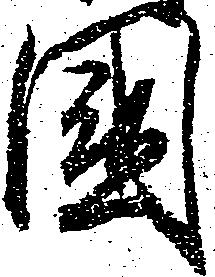
国